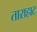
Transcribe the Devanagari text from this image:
ताराहाट